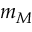
m _ { M }